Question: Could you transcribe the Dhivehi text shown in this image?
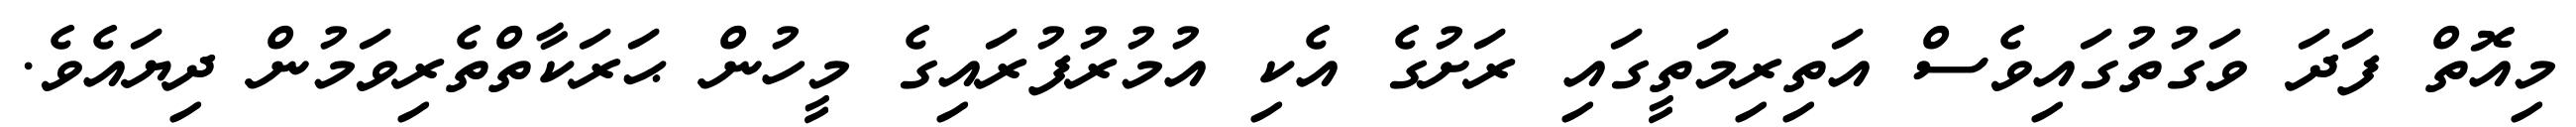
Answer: މިއޮތް ފަދަ ވަގުތުގައިވެސް އަތިރިމަތީގައި ރަށުގެ އެކި އުމުރުފުރައިގެ މީހުން ޙަރަކާތްތެރިވަމުން ދިޔައެވެ.